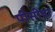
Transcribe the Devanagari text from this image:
पीसीया